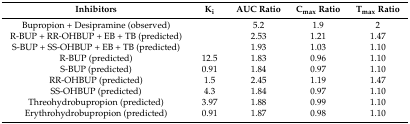
| Inhibitors | Ki | AUC Ratio | Cmax Ratio | Tmax Ratio |
 | --- | --- | --- | --- | --- |
 | Bupropion + Desipramine (observed) |  | 5.2 | 1.9 | 2 |
 | R-BUP + RR-OHBUP + EB + TB (predicted) |  | 2.53 | 1.21 | 1.47 |
 | S-BUP + SS-OHBUP + EB + TB (predicted) |  | 1.93 | 1.03 | 1.10 |
 | R-BUP (predicted) | 12.5 | 1.83 | 0.96 | 1.10 |
 | S-BUP (predicted) | 0.91 | 1.84 | 0.97 | 1.10 |
 | RR-OHBUP (predicted) | 1.5 | 2.45 | 1.19 | 1.47 |
 | SS-OHBUP (predicted) | 4.3 | 1.84 | 0.97 | 1.10 |
 | Threohydrobupropion (predicted) | 3.97 | 1.88 | 0.99 | 1.10 |
 | Erythrohydrobupropion (predicted) | 0.91 | 1.87 | 0.98 | 1.10 |